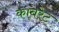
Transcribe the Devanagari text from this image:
काबरेट